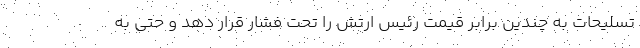
تسلیحات به چندین برابر قیمت رئیس ارتش را تحت فشار قرار دهد و حتی به